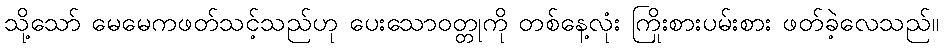
သို့သော် မေမေကဖတ်သင့်သည်ဟု ပေးသောဝတ္တုကို တစ်နေ့လုံး ကြိုးစားပမ်းစား ဖတ်ခဲ့လေသည်။